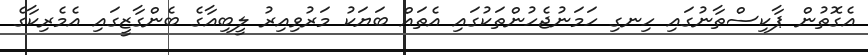
އެގޮތުން ޕާކިސްތާނުގައި ހިނގި ހަމަނުޖެހުންތަކުގައި އެތައް ބަޔަކު މަރުވިއިރު ލީބިއާގެ ބެންގާޒީގައި އެމެރިކާގެ